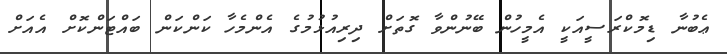
ޢެބުނާ ޑިމޮކްރަސީއަކީ އެމީހުން ބޭނުންވާ ގޮތަށް ދިރިއުޅުމުގެ އެންމެހާ ކަންކަން ބައްޓަންކޮށް އެއަށް